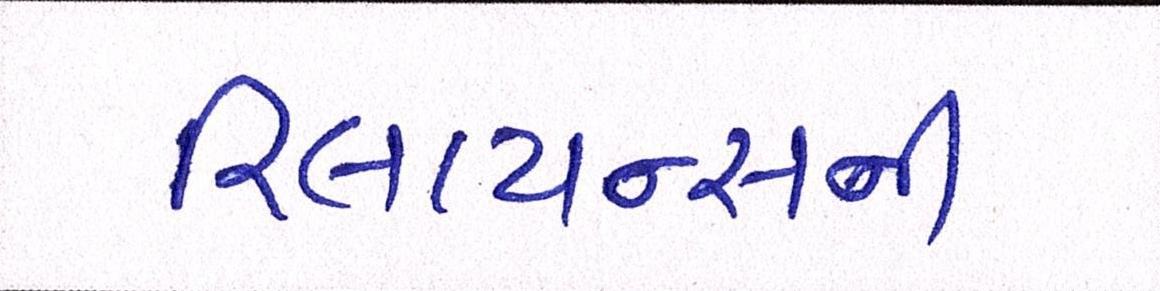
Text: રિલાયન્સની